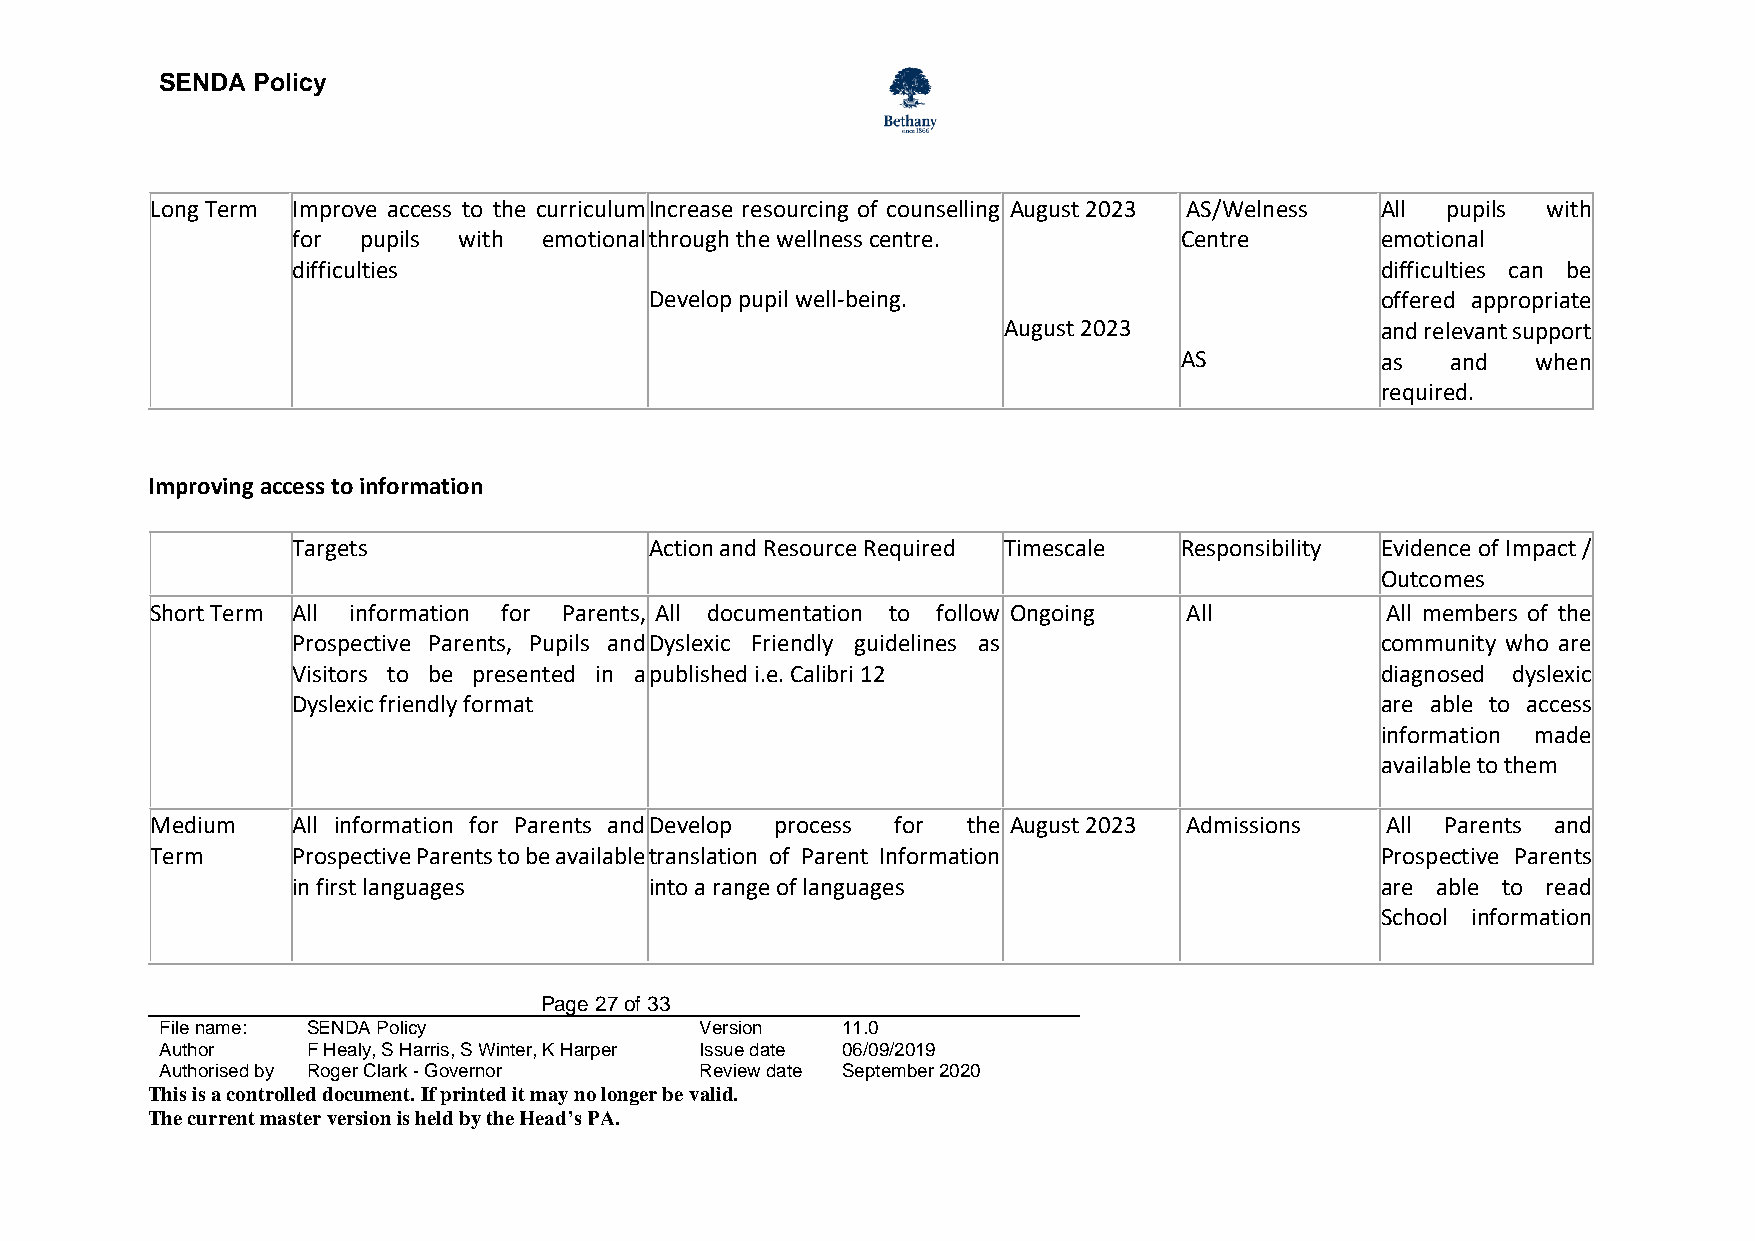
SENDA Policy
 Long Term Improve access to the curriculum Increase resourcing of counselling August 2023 AS/Welness All pupils with
 for  pupils with emotional through the wellness centre.    Centre       emotional
 difficulties                                                            difficulties can be
 Develop pupil well-being.                       offered appropriate
 August 2023              and relevant support
 AS           as   and   when
 required.
 Improving access to information
 Targets                 Action and Resource Required Timescale Responsibility Evidence of Impact /
 Outcomes
 Short Term All information for Parents, All documentation to follow Ongoing All   All members of the
 Prospective Parents, Pupils and Dyslexic Friendly guidelines as         community who are
 Visitors to be presented in a published i.e. Calibri 12                 diagnosed dyslexic
 Dyslexic friendly format                                                are able to access
 information made
 available to them
 Medium   All information for Parents and Develop process for the August 2023 Admissions All Parents and
 Term     Prospective Parents to be available translation of Parent Information   Prospective Parents
 in first languages      into a range of languages                       are able to read
 School information
 Page 27 of 33
 File name: SENDA Policy            Version   11.0
 Author   F Healy, S Harris, S Winter, K Harper Issue date 06/09/2019
 Authorised by Roger Clark - Governor Review date September 2020
 This is a controlled document. If printed it may no longer be valid.
 The current master version is held by the Head’s PA.